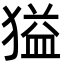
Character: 獈